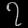
Digit: ၇